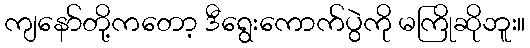
ကျနော်တို့ကတော့ ဒီရွေးကောက်ပွဲကို မကြိုဆိုဘူး။